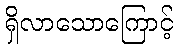
ရှိလာသောကြောင့်